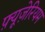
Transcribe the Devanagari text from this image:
फ़्यूज़ेरियम